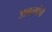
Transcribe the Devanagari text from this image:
अबलांचे